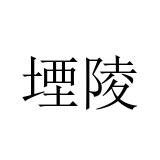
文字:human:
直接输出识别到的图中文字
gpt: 堙陵